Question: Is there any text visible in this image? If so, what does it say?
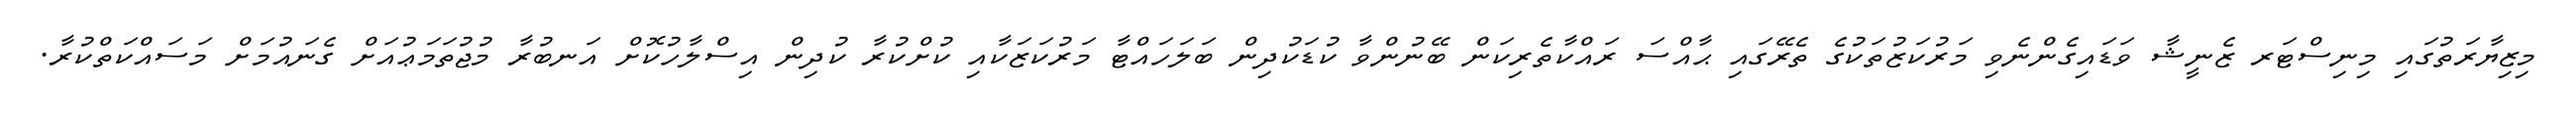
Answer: މިޒިޔާރަތުގައި މިނިސްޓަރ ޒެނީޝާ ވަޑައިގެންނެވި މަރުކަޒުތަކުގެ ތެރޭގައި ޙާއްސަ ރައްކާތެރިކަން ބޭނުންވާ ކުޑަކުދިން ބަލަހައްޓާ މަރުކަޒަކާއި ކުށްކުރާ ކުދިން އިސްލާހުކޮށް އަނބުރާ މުޖުތަމަޢުއަށް ގެނައުމަށް މަސައްކަތްކުރާ.